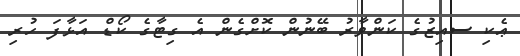
ޢެކި ސއިޒުގެ ކަންވާރު ބޭނުން ކޮށްގެން އެ ގިޓާގެ ކޯޑް އަޅާފަ ހުރި